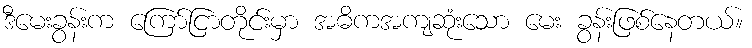
ဒီမေးခွန်းက ကြော်ငြာတိုင်းမှာ အဓိကအကျဆုံးသော မေး ခွန်းဖြစ်နေတယ်။